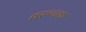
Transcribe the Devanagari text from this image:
वरुणक